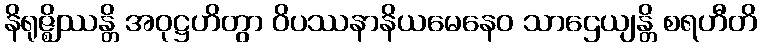
နိရုဇ္ဈိဿန္တိ အဝုဋ္ဌဟိတွာ ဝိပဿနာနိယမေနေဝ သာဌေယျန္တိ စရဟီတိ